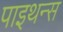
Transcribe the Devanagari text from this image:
पाइथन्स